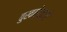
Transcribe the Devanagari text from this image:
बुखारेस्टचे